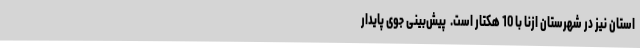
استان نیز در شهرستان ازنا با 10 هکتار ‌است. ‌ پیش‌بینی جوی پایدار